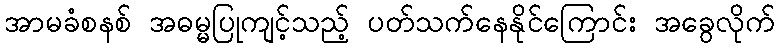
အာမခံစနစ် အဓမ္မပြုကျင့်သည့် ပတ်သက်နေနိုင်ကြောင်း အခွေလိုက်